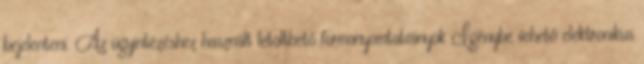
bejelenteni. Az ügyintézéshez használt letölthető formanyomtatványok Igénybe vehető elektronikus